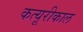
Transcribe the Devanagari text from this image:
कत्यूरीकाल